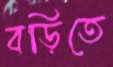
বড়িতে